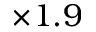
\times 1 . 9